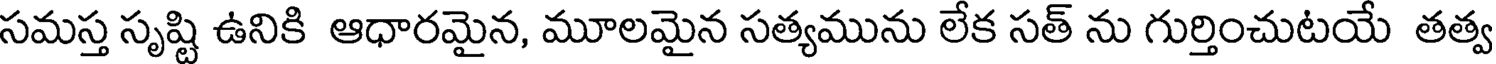
సమస్త సృష్టి ఉనికి ఆధారమైన, మూలమైన సత్యమును లేక సత్ ను గుర్తించుటయే తత్వ